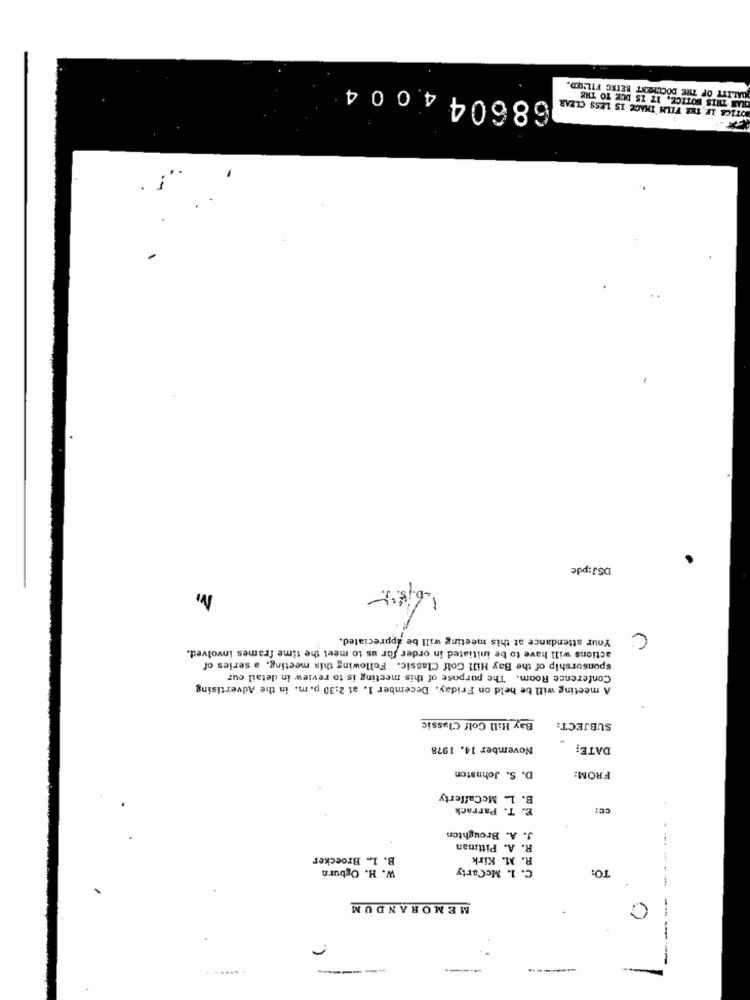
686044004
GALITY OF THE DOCUMENT BEING FILLED.
OTICA LF THE FILM IMAGE IS LESS CLEAR
OLAN THIS NOTICE, IT IS DUE TO THE
DSJ:pde
M
Your attendance at this meeting will be appreciated.
C
actions will have to be initiated in order for us to meet the time frames involved.
Sponsorship of the Bay Hill Golf Classic. Following this meeting, a series of
Conference Room. The purpose of this meeting is to review in detail cur
A meeting will be held on Friday. December 1. at 2:30 p. m. in the Advertising
Bay Hill Golf Classic
SUBJECT:
November 14. 1978
DATE;
D. S. Johnston
FROM:
B. L. McCafferty
E. T. Parrack
CC:
J. A. Broughton
R. A. Pittman
B. L. Broecker
R. M. Kirk
W. H. Ogburn
C. 1. McCarty
TO:
-------
MEMORANDUM
C
-
-
. ...... .
-----